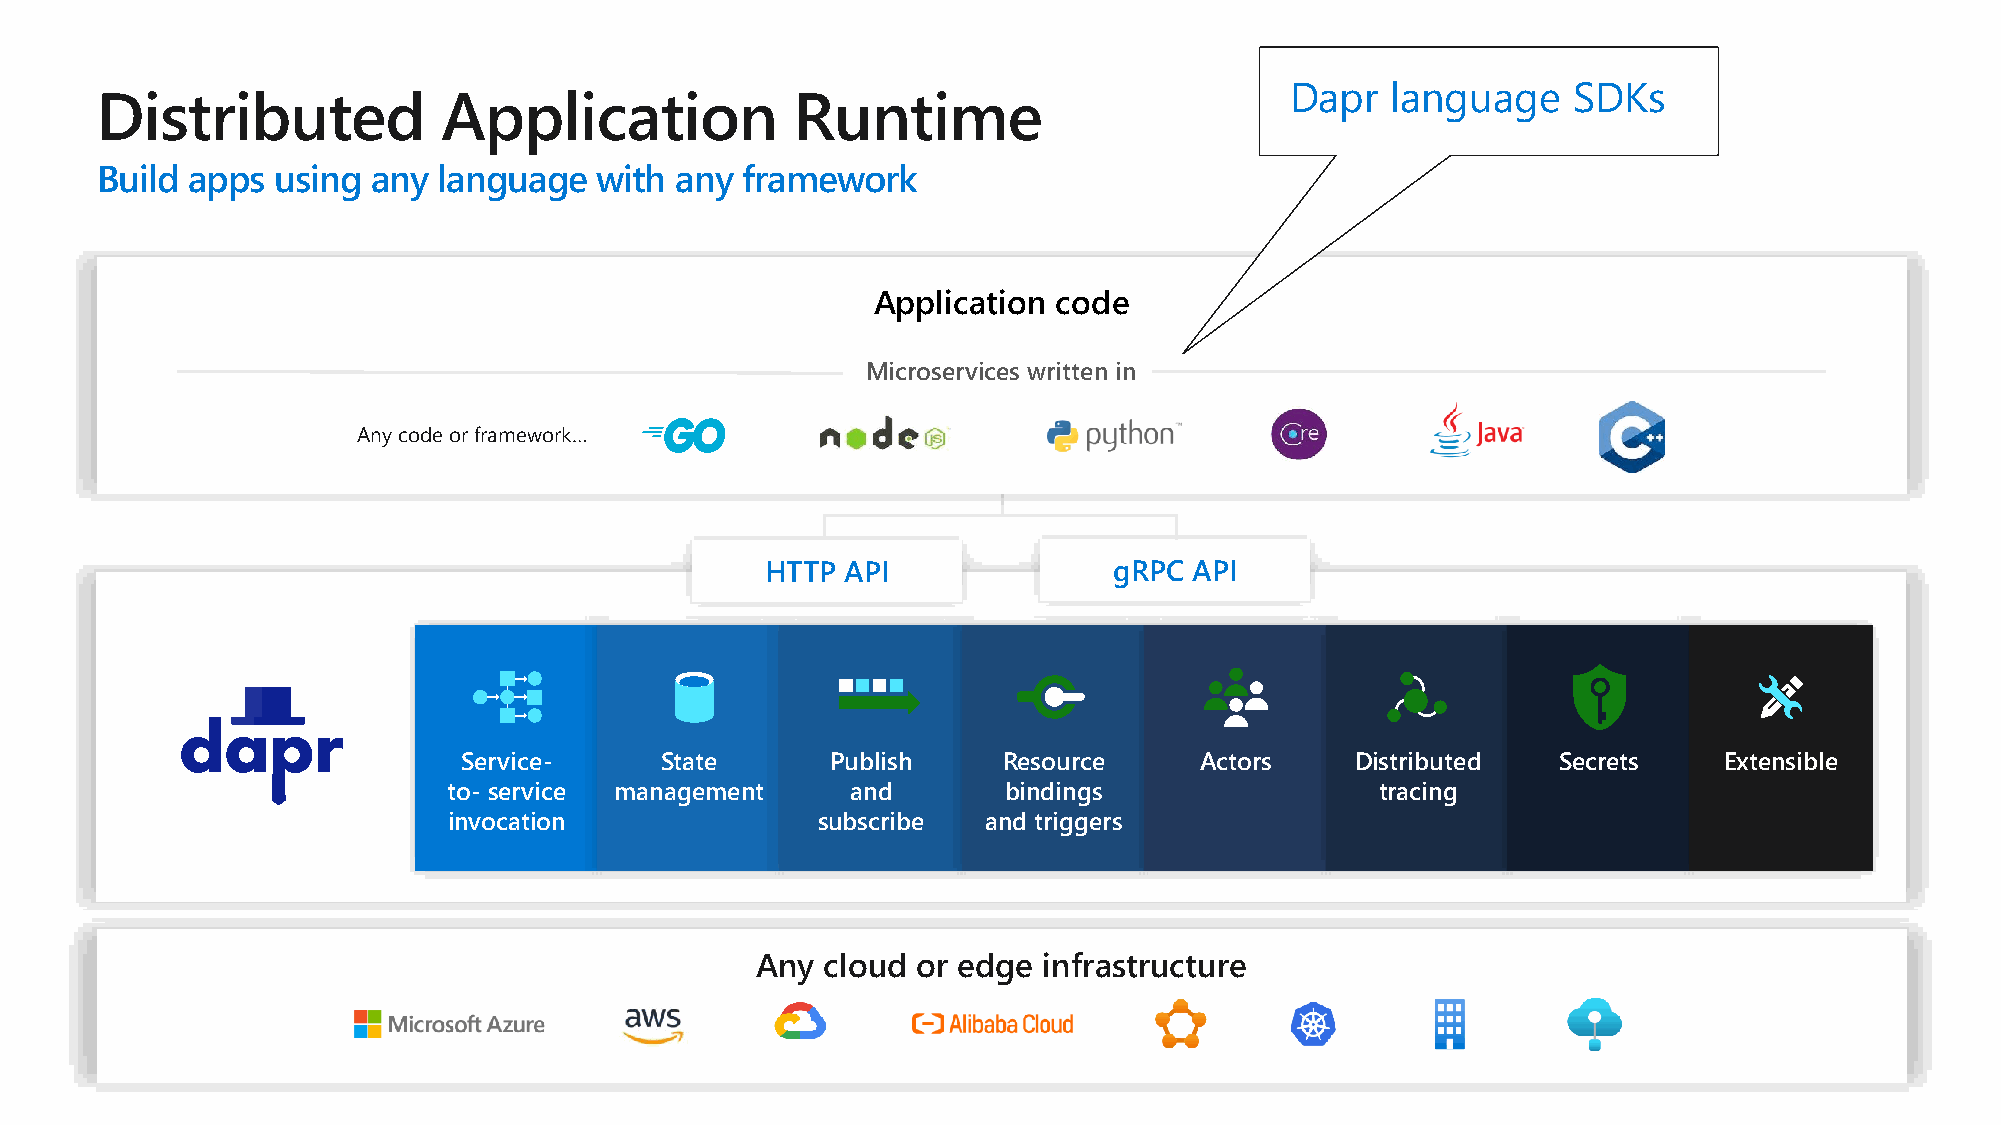
Dapr   language    SDKs
 Distributed            Application             Runtime
 Build apps  using  any language  with  any framework
 Application code
 Microservices written in
 Any code or framework…
 HTTP API               gRPC API
 Service-     State      Publish    Resource     Actors     Distributed  Secrets    Extensible
 to- service management    and       bindings                 tracing
 invocation              subscribe  and triggers
 Any  cloud or edge infrastructure